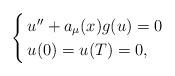
LaTeX: \begin{align*}\begin{cases}\, u'' + a_{\mu}(x) g(u) = 0 \\\, u(0) = u(T) = 0,\end{cases}\end{align*}